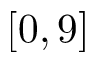
[ 0 , 9 ]